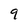
Character: 9